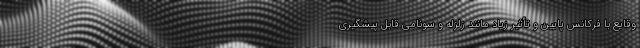
وقایع با فرکانس پایین و تأثیر زیاد مانند زلزله و سونامی قابل پیشگیری